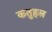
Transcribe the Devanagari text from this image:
कतुहल